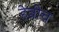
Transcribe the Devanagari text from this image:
हेन्रीच